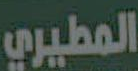
المطيري